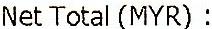
NET TOTAL (MYR) :